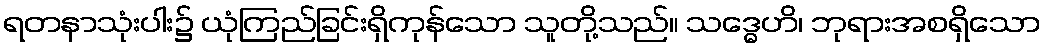
ရတနာသုံးပါး၌ ယုံကြည်ခြင်းရှိကုန်သော သူတို့သည်။ သဒ္ဓေဟိ၊ ဘုရားအစရှိသော